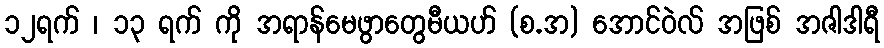
၁၂ရက် ၊ ၁၃ ရက် ကို အရာန်မေဖွာတွေမီယဟ် (စ.အ) အောင်ဝဲလ် အဖြစ် အဇါဒါရီ